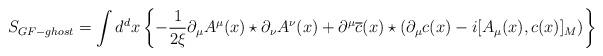
LaTeX: \begin{align*}S_{GF-ghost}=\int d^{d}x\left\{-\frac{1}{2\xi}\partial_{\mu}A^{\mu}(x)\star\partial_{\nu}A^{\nu}(x) +\partial^{\mu}\overline{c}(x)\star\left(\partial_{\mu}c(x)-i[A_{\mu}(x),c(x)]_{M}\right)\right\}\end{align*}